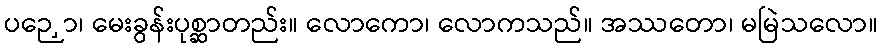
ပဉှော၊ မေးခွန်းပုစ္ဆာတည်း။ လောကော၊ လောကသည်။ အဿတော၊ မမြဲသလော။